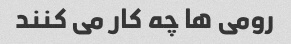
رومی ها چه کار می کنند